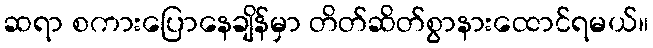
ဆရာ စကားပြောနေချိန်မှာ တိတ်ဆိတ်စွာနားထောင်ရမယ်။